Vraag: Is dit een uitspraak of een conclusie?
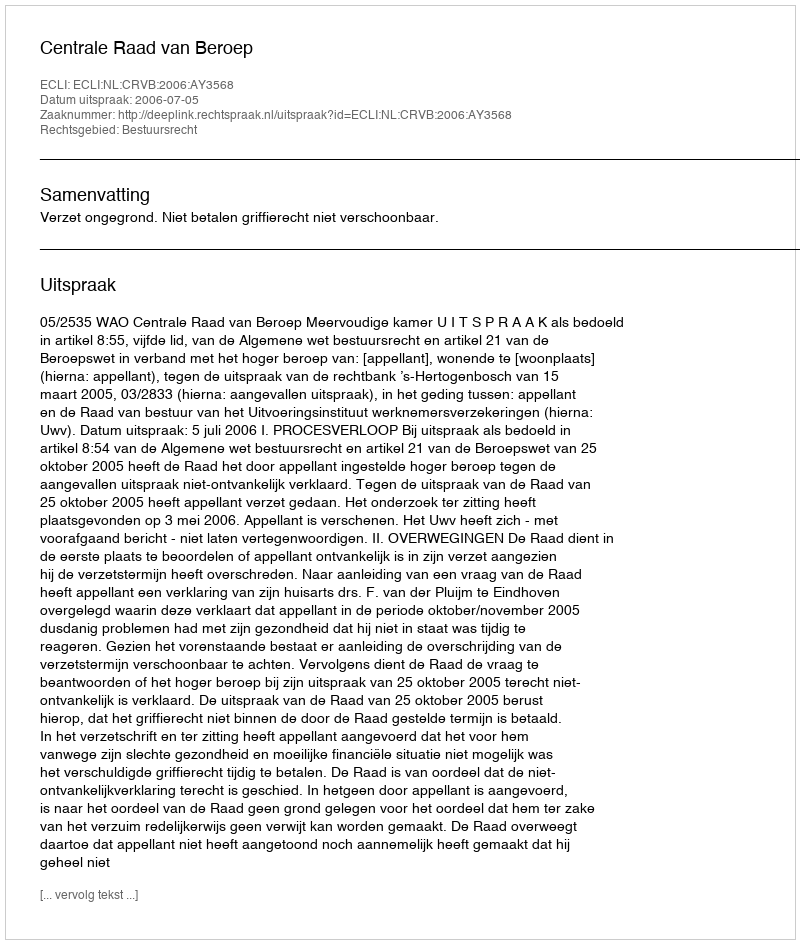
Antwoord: Uitspraak